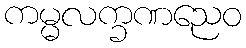
ကမ္မလက္ခဏညေဝ